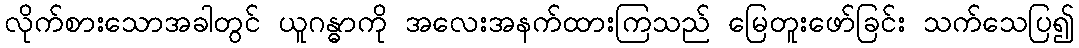
လိုက်စားသောအခါတွင် ယူဂန္ဓာကို အလေးအနက်ထားကြသည် မြေတူးဖော်ခြင်း သက်သေပြ၍